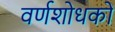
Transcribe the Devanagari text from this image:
वर्णशोधकों